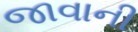
જાવાની